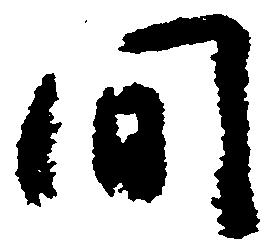
間